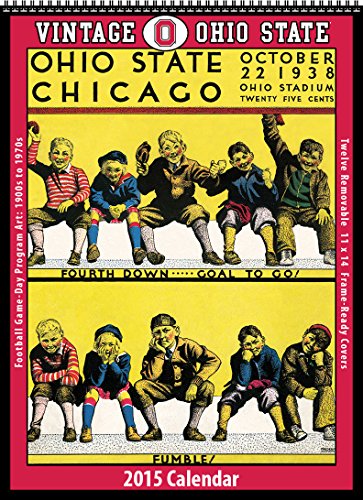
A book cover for Ohio State Buckeyes 2015 Vintage Football Calendar; Asgard Press; Calendars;